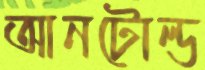
আনটোল্ড